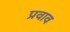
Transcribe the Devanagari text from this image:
प्रवाव